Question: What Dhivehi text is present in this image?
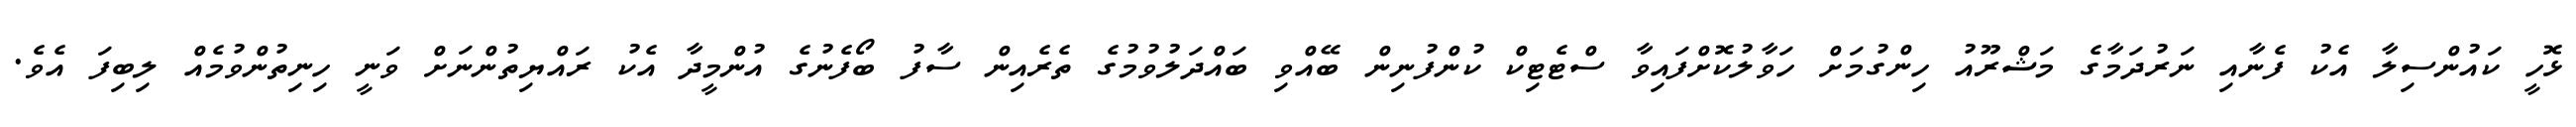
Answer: ޅޮހީ ކައުންސިލާ އެކު ފެނާއި ނަރުދަމާގެ މަޝްރޫއު ހިންގުމަށް ހަވާލުކޮށްފައިވާ ސްޓެޓިކް ކުންފުނިން ބޭއްވި ބައްދަލުވުމުގެ ތެރެއިން ސާފު ބޯފެނުގެ އުންމީދާ އެކު ރައްޔިތުންނަށް ވަނީ ހިނިތުންވުމެއް ލިބިފަ އެވެ.